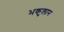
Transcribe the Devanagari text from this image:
भकुलान